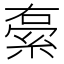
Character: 𮈓